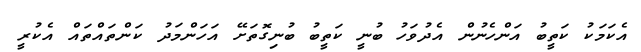
އެކަމަކު ކަތީބު އަންހެނުން އެދުވަހު ބުނީ ކަތީބު ބުނިގޮތަށޭ އަހަންމަދު ކަންތައްތައް އެކުރީ